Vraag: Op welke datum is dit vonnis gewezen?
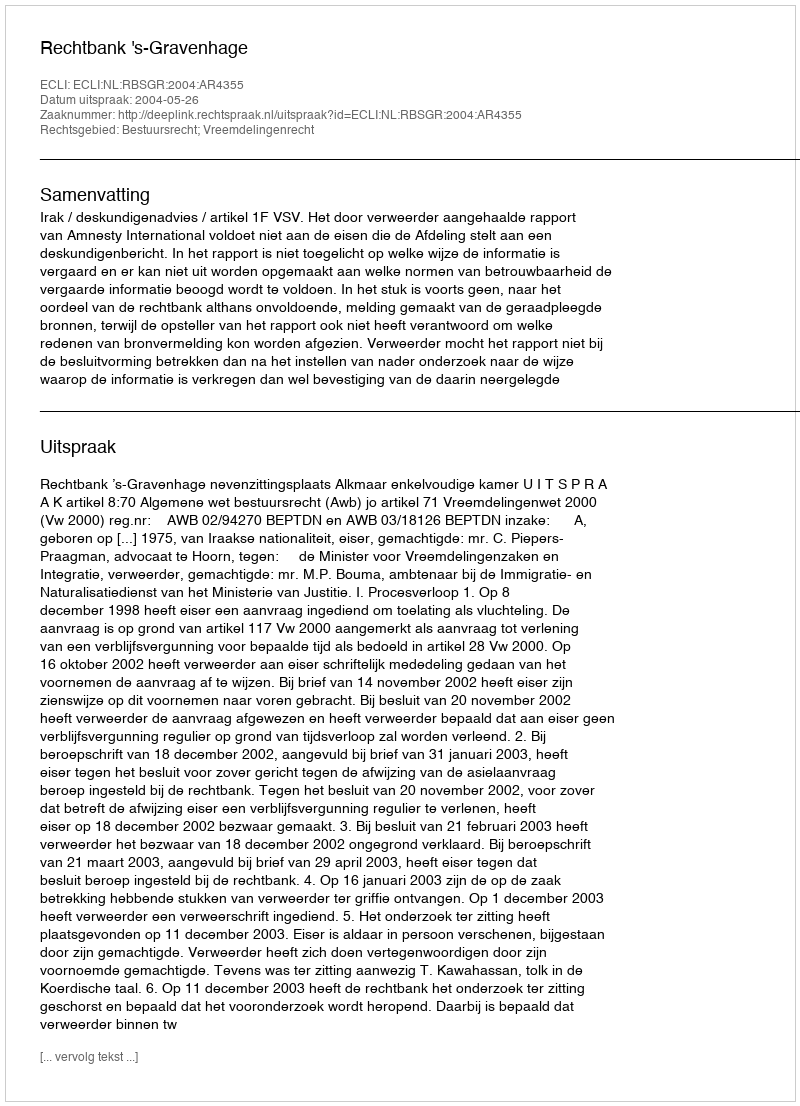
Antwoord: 2004-05-26